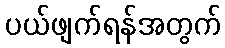
ပယ်ဖျက်ရန်အတွက်